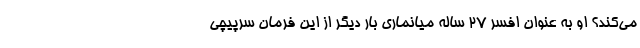
می‌کند؟ او به عنوان افسر 27 ساله میانماری بار دیگر از این فرمان سرپیچی